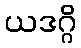
ယဒဂ္ဂိ